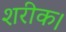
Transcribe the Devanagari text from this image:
शरीक।